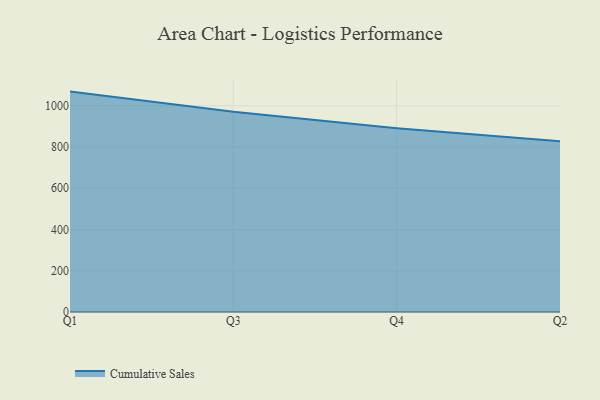
{"axis": {"x": "Quarter", "y": "Bounce Rate (%)"}, "legend": ["Cumulative Sales"], "data": [{"x": "Q1", "y": 1068.5, "type": "Cumulative Sales"}, {"x": "Q3", "y": 970.4, "type": "Cumulative Sales"}, {"x": "Q4", "y": 891.3, "type": "Cumulative Sales"}, {"x": "Q2", "y": 827.9, "type": "Cumulative Sales"}]}